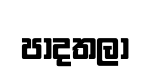
පාදතලා